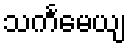
သင်္ကမေယျ